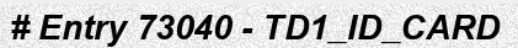
# Entry 73040 - TD1_ID_CARD